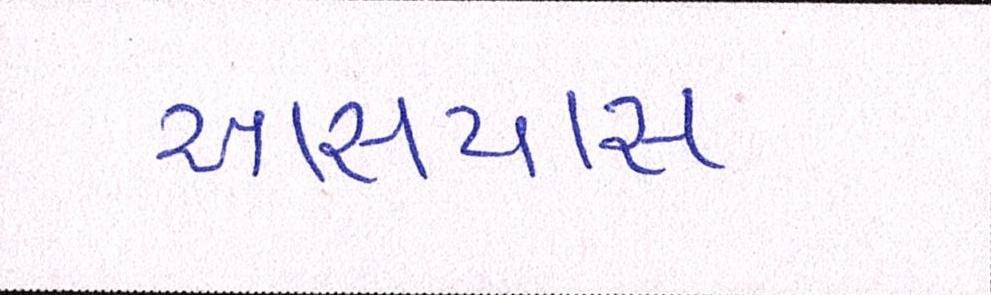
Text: આસપાસ